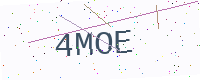
Text: 4MOE